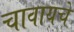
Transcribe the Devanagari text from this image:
चावायचे